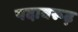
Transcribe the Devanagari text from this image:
पदावरूढ़